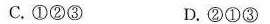
C.①②③ D.②①③